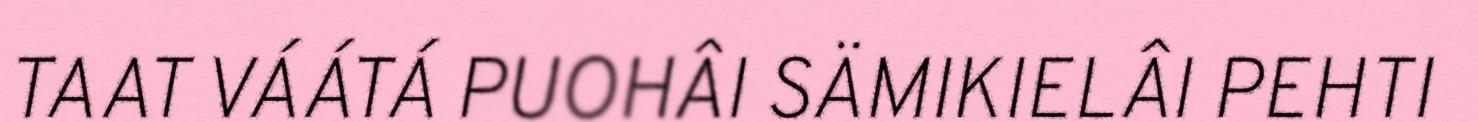
TAAT VÁÁTÁ PUOHÂI SÄMIKIELÂI PEHTI